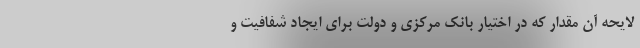
لایحه آن مقدار که در اختیار بانک مرکزی و دولت برای ایجاد شفافیت و